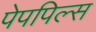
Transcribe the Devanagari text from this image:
पेपपिल्स